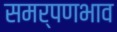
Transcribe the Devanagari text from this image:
समर्पणभाव